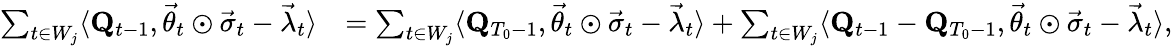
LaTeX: \begin{array}{rl}{\sum_{t\in W_{j}}\langle\mathbf Q_{t-1},\vec{\theta}_{t}\odot\vec{\sigma}_{t}-\vec{\lambda}_{t}\rangle}&{=\sum_{t\in W_{j}}\langle\mathbf Q_{T_{0}-1},\vec{\theta}_{t}\odot\vec{\sigma}_{t}-\vec{\lambda}_{t}\rangle+\sum_{t\in W_{j}}\langle\mathbf Q_{t-1}-\mathbf Q_{T_{0}-1},\vec{\theta}_{t}\odot\vec{\sigma}_{t}-\vec{\lambda}_{t}\rangle,}\end{array}